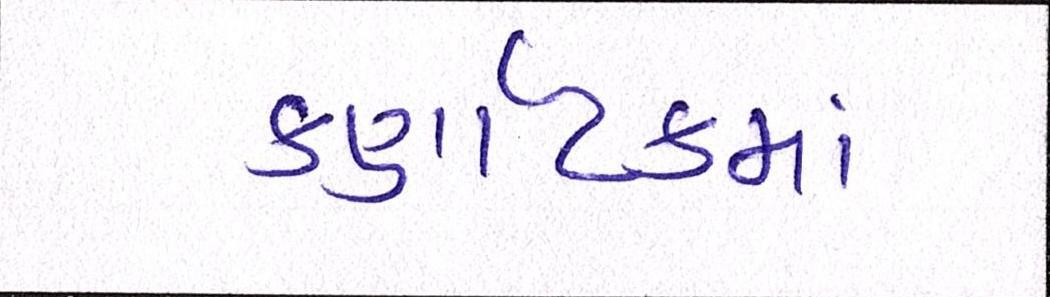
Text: કર્ણાટકમાં